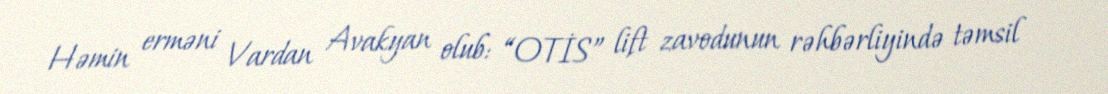
Həmin erməni Vardan Avakyan olub: “OTİS” lift zavodunun rəhbərliyində təmsil